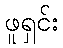
ဖူရှင်း